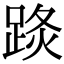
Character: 𨁣